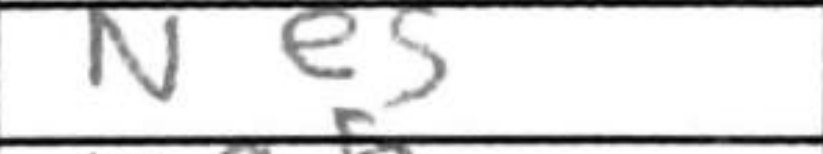
Transcription: Ne5